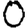
Digit: 0